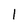
Character: 1